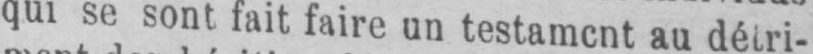
qui se sont fait faire un testamcnt au détri-